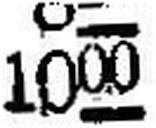
1000